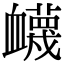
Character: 衊